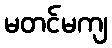
မတင်မကျ